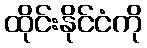
ထိုင်းနိုင်ငံကို